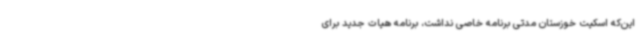
این‌که اسکیت خوزستان مدتی برنامه خاصی نداشت، برنامه هیات جدید برای